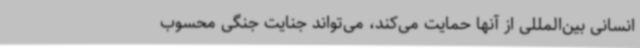
انسانی بین‌المللی از آنها حمایت می‌کند، می‌تواند جنایت‌ جنگی محسوب